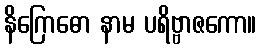
နိဂြောဓော နာမ ပရိဗ္ဗာဇကော။